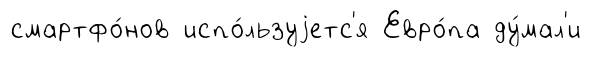
смартфо́нов испо́льзуjетс'я Евро́па ду́мал'и